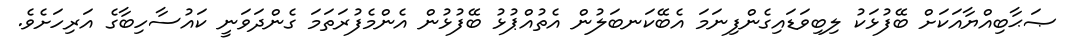
ޞަޙާބިއްޔާއަކަށް ބޭފުޅަކު ލިބިވަޑައިގެންފިނަމަ އެބޭކަނބަލުން އެތުއްޕުޅު ބޭފުޅުން އެންމެފުރަތަމަ ގެންދަވަނީ ކައުސާހިބާގެ އަރިހަށެވެ.